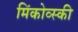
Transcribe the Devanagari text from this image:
मिंकोव्स्की